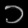
Digit: ၁